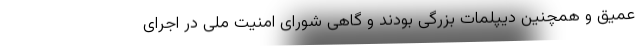
عمیق و همچنین دیپلمات بزرگی بودند و گاهی شورای امنیت ملی در اجرای